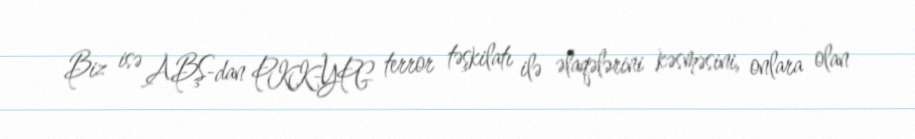
Biz isə ABŞ-dan PKK-YPG terror təşkilatı ilə əlaqələrini kəsməsini, onlara olan